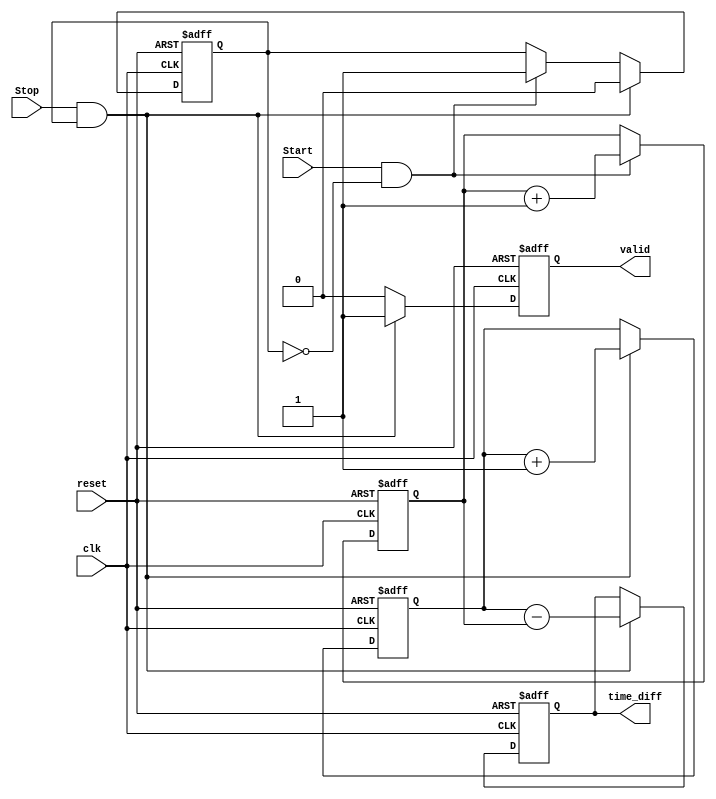
module TDC (
    input wire clk,          // Clock signal
    input wire reset,        // Reset signal
    input wire Start,        // Start event signal
    input wire Stop,         // Stop event signal
    output reg [31:0] time_diff, // Output time difference
    output reg valid         // Output valid signal
);

    reg [31:0] start_time;   // Register to store start timestamp
    reg [31:0] stop_time;    // Register to store stop timestamp
    reg start_detected;       // Flag to indicate start event detected

    // Reset and initialization logic
    always @(posedge clk or posedge reset) begin
        if (reset) begin
            start_time <= 32'b0;
            stop_time <= 32'b0;
            time_diff <= 32'b0;
            valid <= 1'b0;
            start_detected <= 1'b0;
        end else begin
            // Detect Start event
            if (Start && !start_detected) begin
                start_time <= start_time + 1; // Increment timestamp for Start
                start_detected <= 1'b1;         // Mark start detected
            end
            
            // Detect Stop event
            if (Stop && start_detected) begin
                stop_time <= stop_time + 1; // Increment timestamp for Stop
                time_diff <= stop_time - start_time; // Calculate time difference
                valid <= 1'b1;               // Set valid signal
                start_detected <= 1'b0;      // Reset start detected flag
            end else begin
                valid <= 1'b0;               // Reset valid signal if not in valid state
            end
        end
    end

endmodule